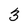
Character: 3